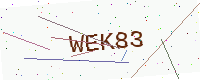
Text: WEK83